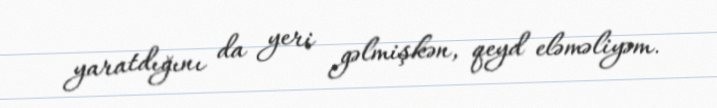
yaratdığını da yeri gəlmişkən, qeyd eləməliyəm.